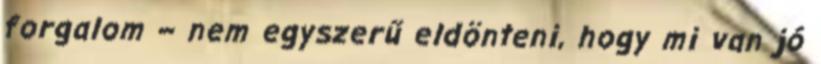
forgalom – nem egyszerű eldönteni, hogy mi van jó